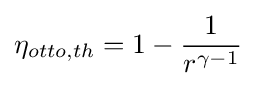
\eta _{otto,th}=1-{\frac {1}{r^{\gamma -1}}}